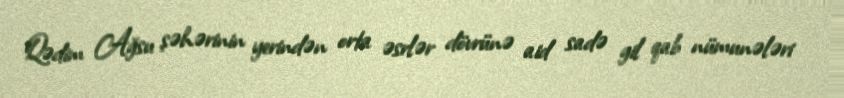
Qədim Ağsu şəhərinin yerindən orta əsrlər dövrünə aid sadə gil qab nümunələri